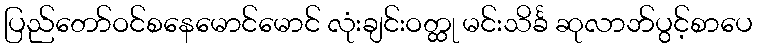
ပြည်တော်ဝင်စနေမောင်မောင် လုံးချင်းဝတ္ထု မင်းသိင်္ခ ဆုလာဘ်ပွင့်စာပေ